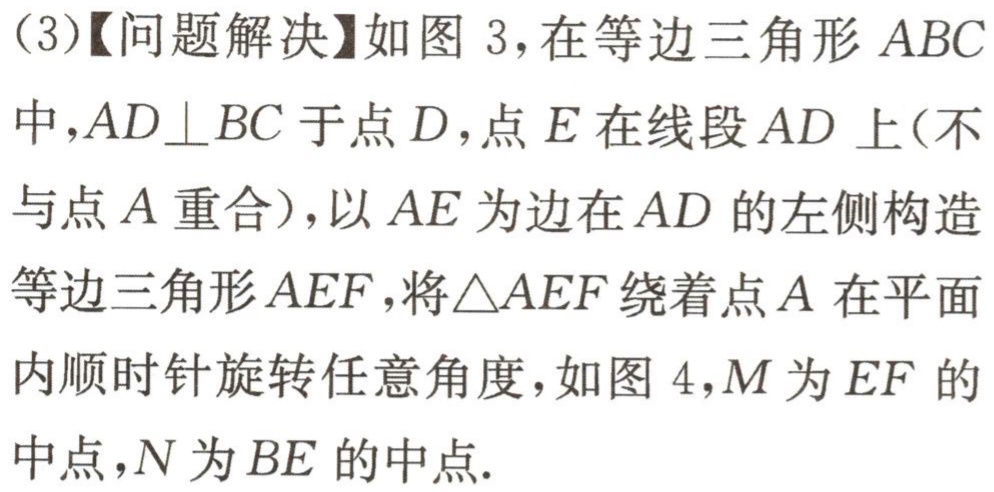
(3)【问题解决】如图 3，在等边三角形 \(ABC\) 中，\(AD\perp BC\) 于点 \(D\)，点 \(E\) 在线段 \(AD\) 上(不与点 \(A\) 重合)，以 \(AE\) 为边在 \(AD\) 的左侧构造等边三角形 \(AEF\)，将\(\triangle AEF\) 绕着点 \(A\) 在平面内顺时针旋转任意角度，如图 4，\(M\) 为 \(EF\) 的中点，\(N\) 为 \(BE\) 的中点.